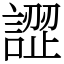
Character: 䜀